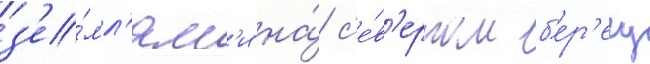
з'е́мл'ям'и на́ с'е́в'ерном б'ер'егу